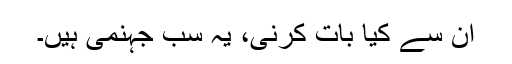
ان سے کیا بات کرنی، یہ سب جہنمی ہیں۔